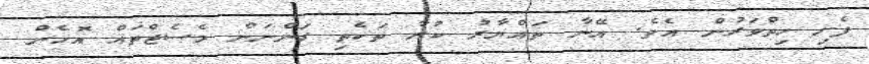
ފެށި ހިތްވަރުން އެވެ. އޭނާ ތައްޔާރު ކުރާ ތަކެތި ގަންނަން މެސެޖްތައް އޮހެން